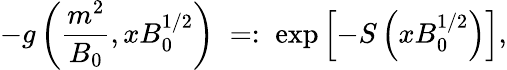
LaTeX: -g\left(\frac{m^{2}}{B_{0}},xB_{0}^{1/2}\right)\; =:\; \exp\left[-S\left(xB_{0}^{1/2}\right)\right],